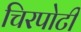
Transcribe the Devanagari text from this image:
चिरपोटी